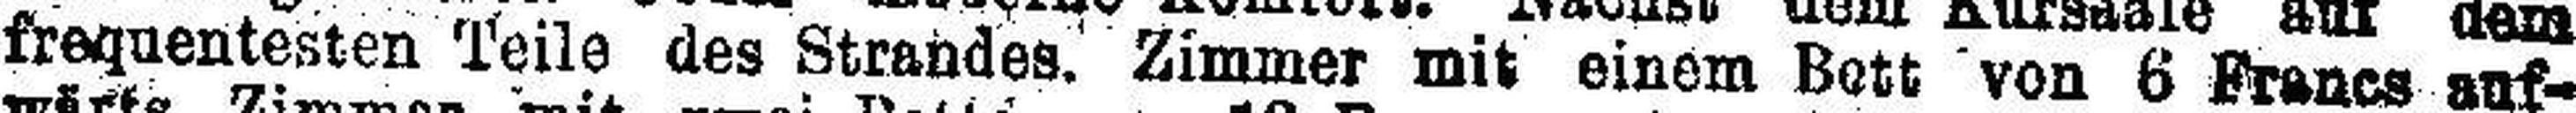
frequentesten Teile des Strandes. Zimmer mit einem Bett von 6 Francs auf¬